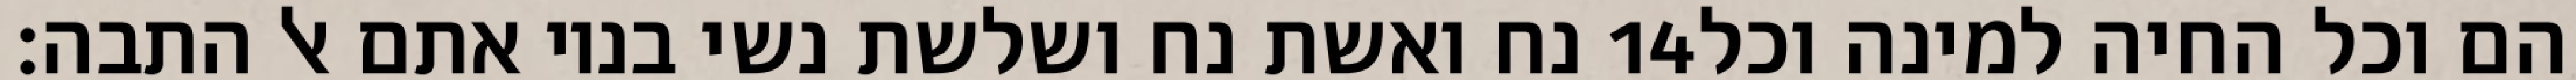
נח ואשת נח ושלשת נשי בניו אתם אל התבה׃ ‎14‏ הם וכל החיה למינה וכל